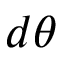
d \theta